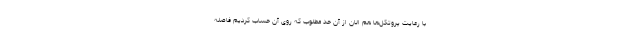
با رعایت پروتکل‌ها هم الان از آن حد مطلوب که روی آن حساب کردیم فاصله